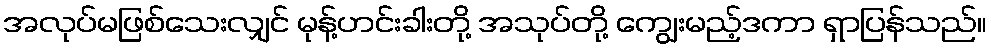
အလုပ်မဖြစ်သေးလျှင် မုန့်ဟင်းခါးတို့ အသုပ်တို့ ကျွေးမည့်ဒကာ ရှာပြန်သည်။